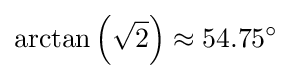
\arctan \left({\sqrt {2}}\right)\approx 54.75^{\circ }